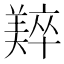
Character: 𬙼